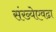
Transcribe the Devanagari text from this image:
संख्येएवढा